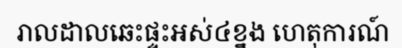
រាលដាលឆេះផ្ទះអស់៤ខ្នង ហេតុការណ៍